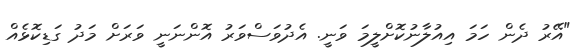
"އޭރު ދެން ހަމަ އިއުލާނުކޮށްލީމަ ވަނީ. އެދުވަސްވަރު އޮންނަނީ ވަރަށް މަދު ގަޑިކޮޅެއް